Source: Handwritten
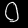
Digit: ၀ (0)